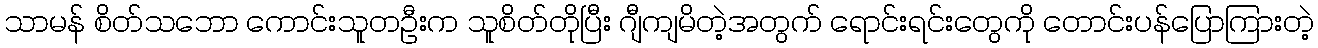
သာမန် စိတ်သဘော ကောင်းသူတဦးက သူစိတ်တိုပြီး ဂျီကျမိတဲ့အတွက် ရောင်းရင်းတွေကို တောင်းပန်ပြောကြားတဲ့